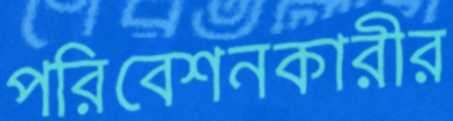
পরিবেশনকারীর